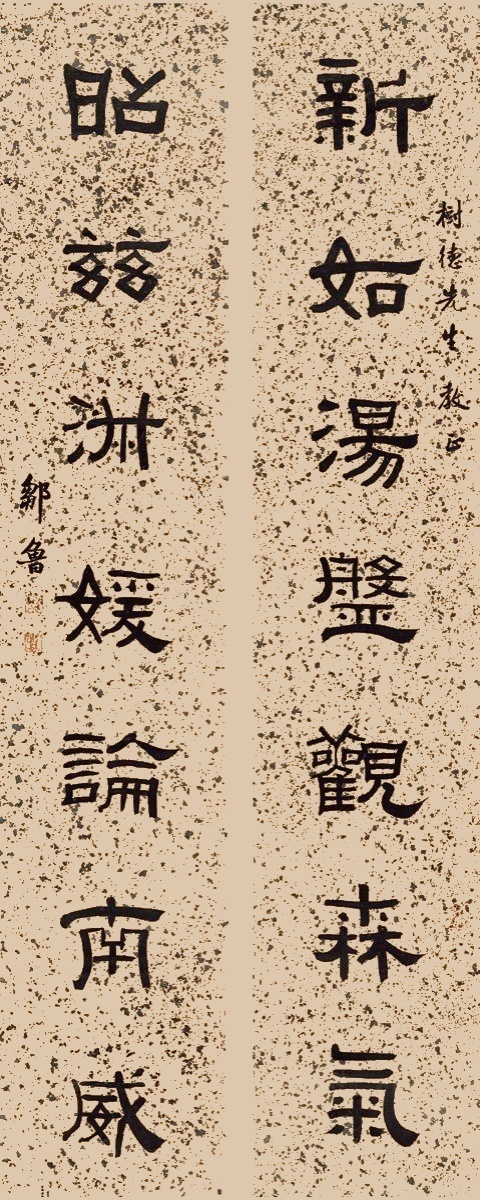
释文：新如汤盘观森气，昭兹淑媛论南威。树德先生教正，邹鲁。